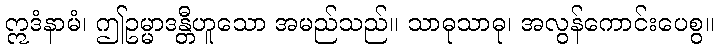
ဣဒံနာမံ၊ ဤဥမ္မာဒန္တီဟူသော အမည်သည်။ သာဓုသာဓု၊ အလွန်ကောင်းပေစွ။